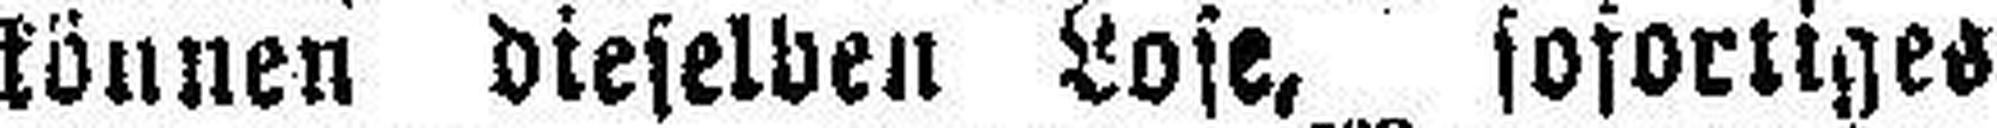
können dieselben Lose, sofortiges